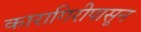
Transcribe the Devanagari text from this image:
कारागिरीपासून